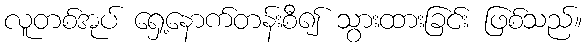
လူတစ်အုပ် ရှေ့နောက်တန်းစီ၍ သွားထားခြင်း ဖြစ်သည်။